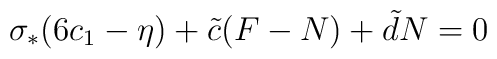
\sigma_{*} (6c_{1} - \eta) + \tilde{c} (F-N) + \tilde{d}N = 0